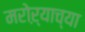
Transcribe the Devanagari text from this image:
मरोऱ्याच्या